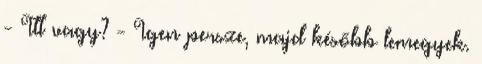
- Itt vagy? - Igen persze, majd később lemegyek.